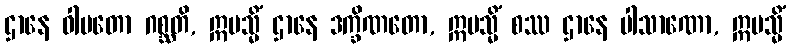
ဌာနေ ဝါမတော ဂစ္ဆတိ, ဣမသ္မိံ ဌာနေ ဒက္ခိဏတော, ဣမသ္မိံ စဿ ဌာနေ ပါသာဏော, ဣမသ္မိံ